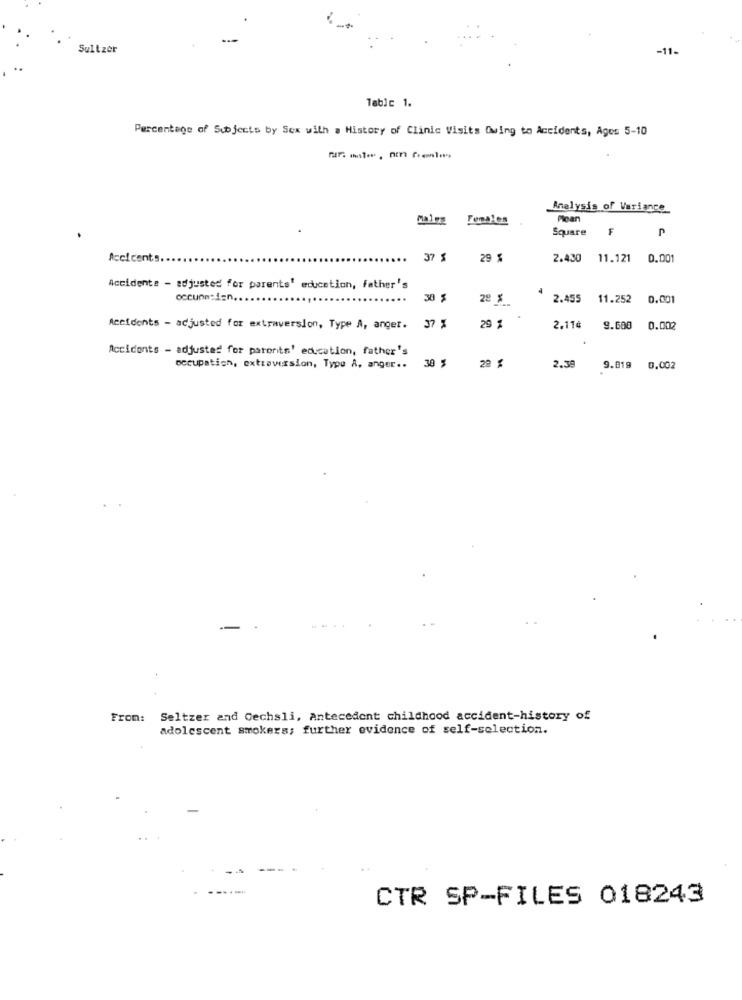
Sultzer
-11-
Tablc 1.
Percentage of Subjects by Sex with a History of Clinic Visits Owing to Accidents, Ages 5-10
Analysis of Variance
pales Females
Mean
Square
F
Accicents
37 5
29 %
2.430 11.121 0.001
Accidente - adjusted for parents' education, father's
30 $
28 %
2.455 11.252 0.001
Accidents - adjusted for extraversion, Type A, anger. 37 %
29 %
2.11¢ 9.600 0.002
Accidents - adjusted for parents' education, father's
30 %
22 %
occupation, extraversion, Type A, anger ..
2.39
9.819 0.002
From: Seltzer and Cechsli, Antecedent childhood accident-history of
adolescent smokers; further evidence of self-selection.
CTR SP-FILES 018243